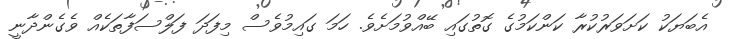
އެބަޔަކު ކަށަވަރުކުރާ ކަންކަމުގެ ގޮތުގައި ބޭއްވުމަށެވެ. ހަމަ ގައިމުވެސް މިފަދަ ފަލްސަފާތަކެއް ވެގެންދާނީ